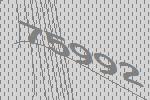
75992